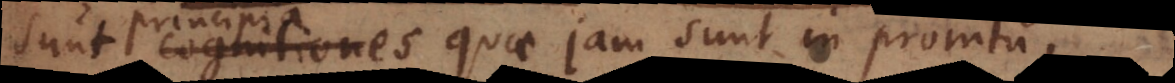
sunt cognitiones quae jam sunt in promtu,